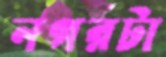
নগরটা